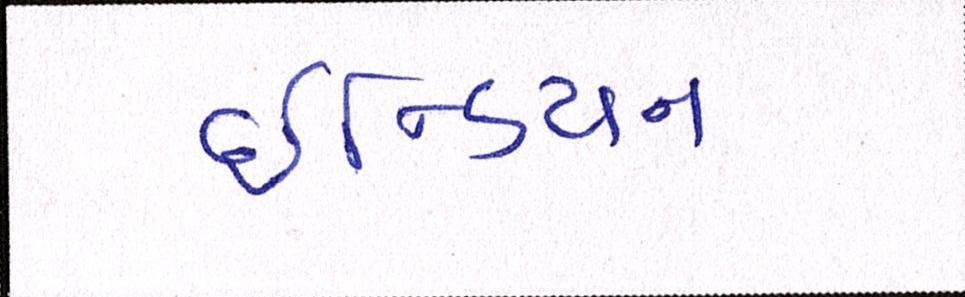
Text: ઇન્ડિયન